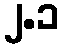
၂.၁